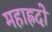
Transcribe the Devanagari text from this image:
महाह्रदो